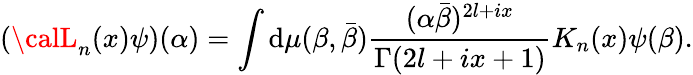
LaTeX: \left({\calL}_{n}(x)\psi\right)(\alpha)=\int\mathrm{d}\mu(\beta,\bar{{\beta}})\frac{{(\alpha\bar{{\beta}})^{2l+ix}}}{{\Gamma(2l+ix+1)}}K_{n}(x)\psi(\beta).